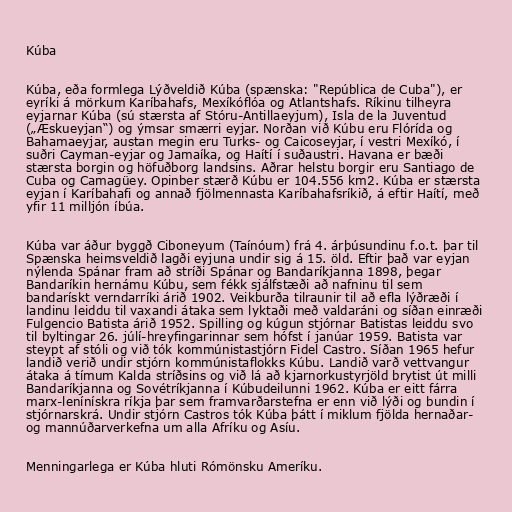
Kúba

Kúba, eða formlega Lýðveldið Kúba (spænska: "República de Cuba"), er
eyríki á mörkum Karíbahafs, Mexíkóflóa og Atlantshafs. Ríkinu tilheyra
eyjarnar Kúba (sú stærsta af Stóru-Antillaeyjum), Isla de la Juventud
(„Æskueyjan“) og ýmsar smærri eyjar. Norðan við Kúbu eru Flórída og
Bahamaeyjar, austan megin eru Turks- og Caicoseyjar, í vestri Mexíkó, í
suðri Cayman-eyjar og Jamaíka, og Haítí í suðaustri. Havana er bæði
stærsta borgin og höfuðborg landsins. Aðrar helstu borgir eru Santiago de
Cuba og Camagüey. Opinber stærð Kúbu er 104.556 km2. Kúba er stærsta
eyjan í Karíbahafi og annað fjölmennasta Karíbahafsríkið, á eftir Haítí, með
yfir 11 milljón íbúa.

Kúba var áður byggð Ciboneyum (Taínóum) frá 4. árþúsundinu f.o.t. þar til
Spænska heimsveldið lagði eyjuna undir sig á 15. öld. Eftir það var eyjan
nýlenda Spánar fram að stríði Spánar og Bandaríkjanna 1898, þegar
Bandaríkin hernámu Kúbu, sem fékk sjálfstæði að nafninu til sem
bandarískt verndarríki árið 1902. Veikburða tilraunir til að efla lýðræði í
landinu leiddu til vaxandi átaka sem lyktaði með valdaráni og síðan einræði
Fulgencio Batista árið 1952. Spilling og kúgun stjórnar Batistas leiddu svo
til byltingar 26. júlí-hreyfingarinnar sem hófst í janúar 1959. Batista var
steypt af stóli og við tók kommúnistastjórn Fidel Castro. Síðan 1965 hefur
landið verið undir stjórn kommúnistaflokks Kúbu. Landið varð vettvangur
átaka á tímum Kalda stríðsins og við lá að kjarnorkustyrjöld brytist út milli
Bandaríkjanna og Sovétríkjanna í Kúbudeilunni 1962. Kúba er eitt fárra
marx-lenínískra ríkja þar sem framvarðarstefna er enn við lýði og bundin í
stjórnarskrá. Undir stjórn Castros tók Kúba þátt í miklum fjölda hernaðar-
og mannúðarverkefna um alla Afríku og Asíu.

Menningarlega er Kúba hluti Rómönsku Ameríku.